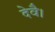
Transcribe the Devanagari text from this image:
देवै।